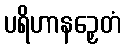
ပရိဟာနဉှေတံ